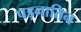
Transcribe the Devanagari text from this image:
पड़नातिन